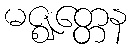
မဇ္ဈတ္တေန